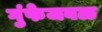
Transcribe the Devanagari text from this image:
गुंफेजवळ